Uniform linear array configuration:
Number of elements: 64
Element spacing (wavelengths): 0.25
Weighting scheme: hann
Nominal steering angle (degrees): -60
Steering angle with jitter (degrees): -61.152
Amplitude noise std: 0.05
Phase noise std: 0.05

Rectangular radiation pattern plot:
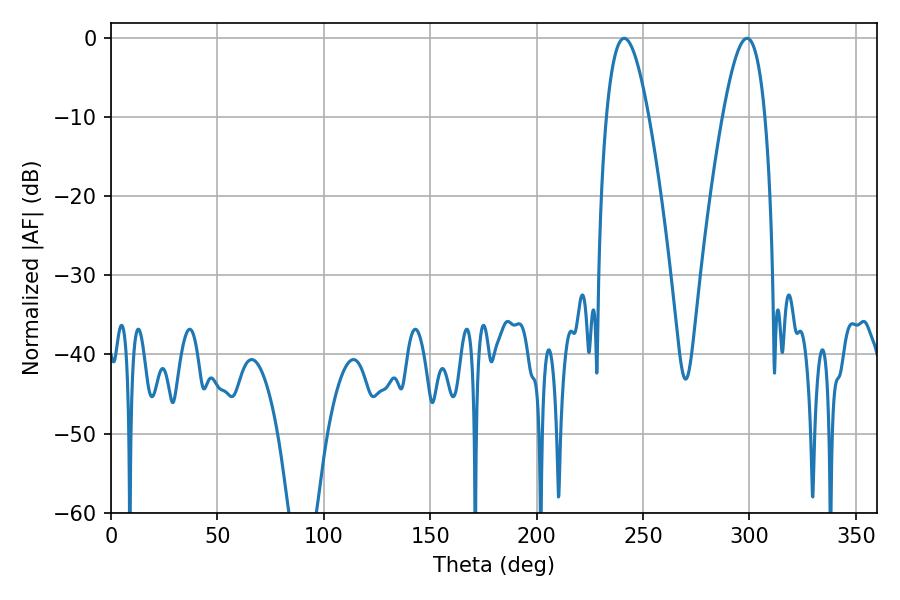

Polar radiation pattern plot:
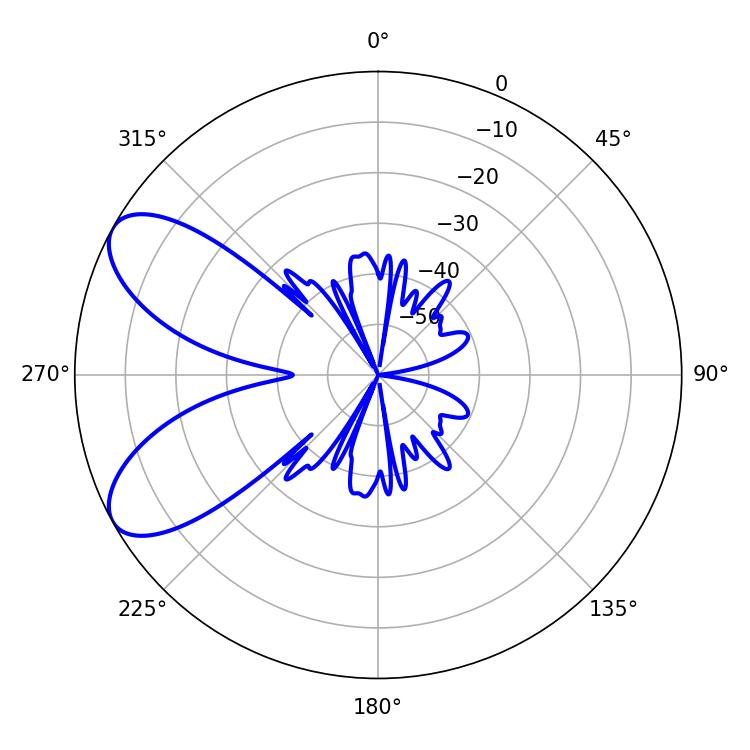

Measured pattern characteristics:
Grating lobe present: FALSE
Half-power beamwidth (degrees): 10.8
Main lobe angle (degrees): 298.8